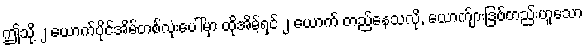
ဤသို့ ၂ ယောက်ပိုင်အိမ်တစ်လုံးပေါ်မှာ ထိုအိမ့်ရှင် ၂ ယောက် တည်နေသလို, ယောက်ျားဒြဗ်တည်းဟူသော